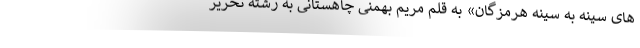
های سینه به سینه هرمزگان» به قلم مریم بهمنی چاهستانی به رشته تحریر